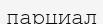
парциал